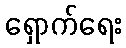
ရှောက်ရေး